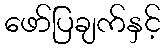
ဖော်ပြချက်နှင့်